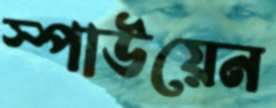
স্পাউয়েন